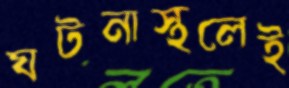
ঘটনাস্থলেই